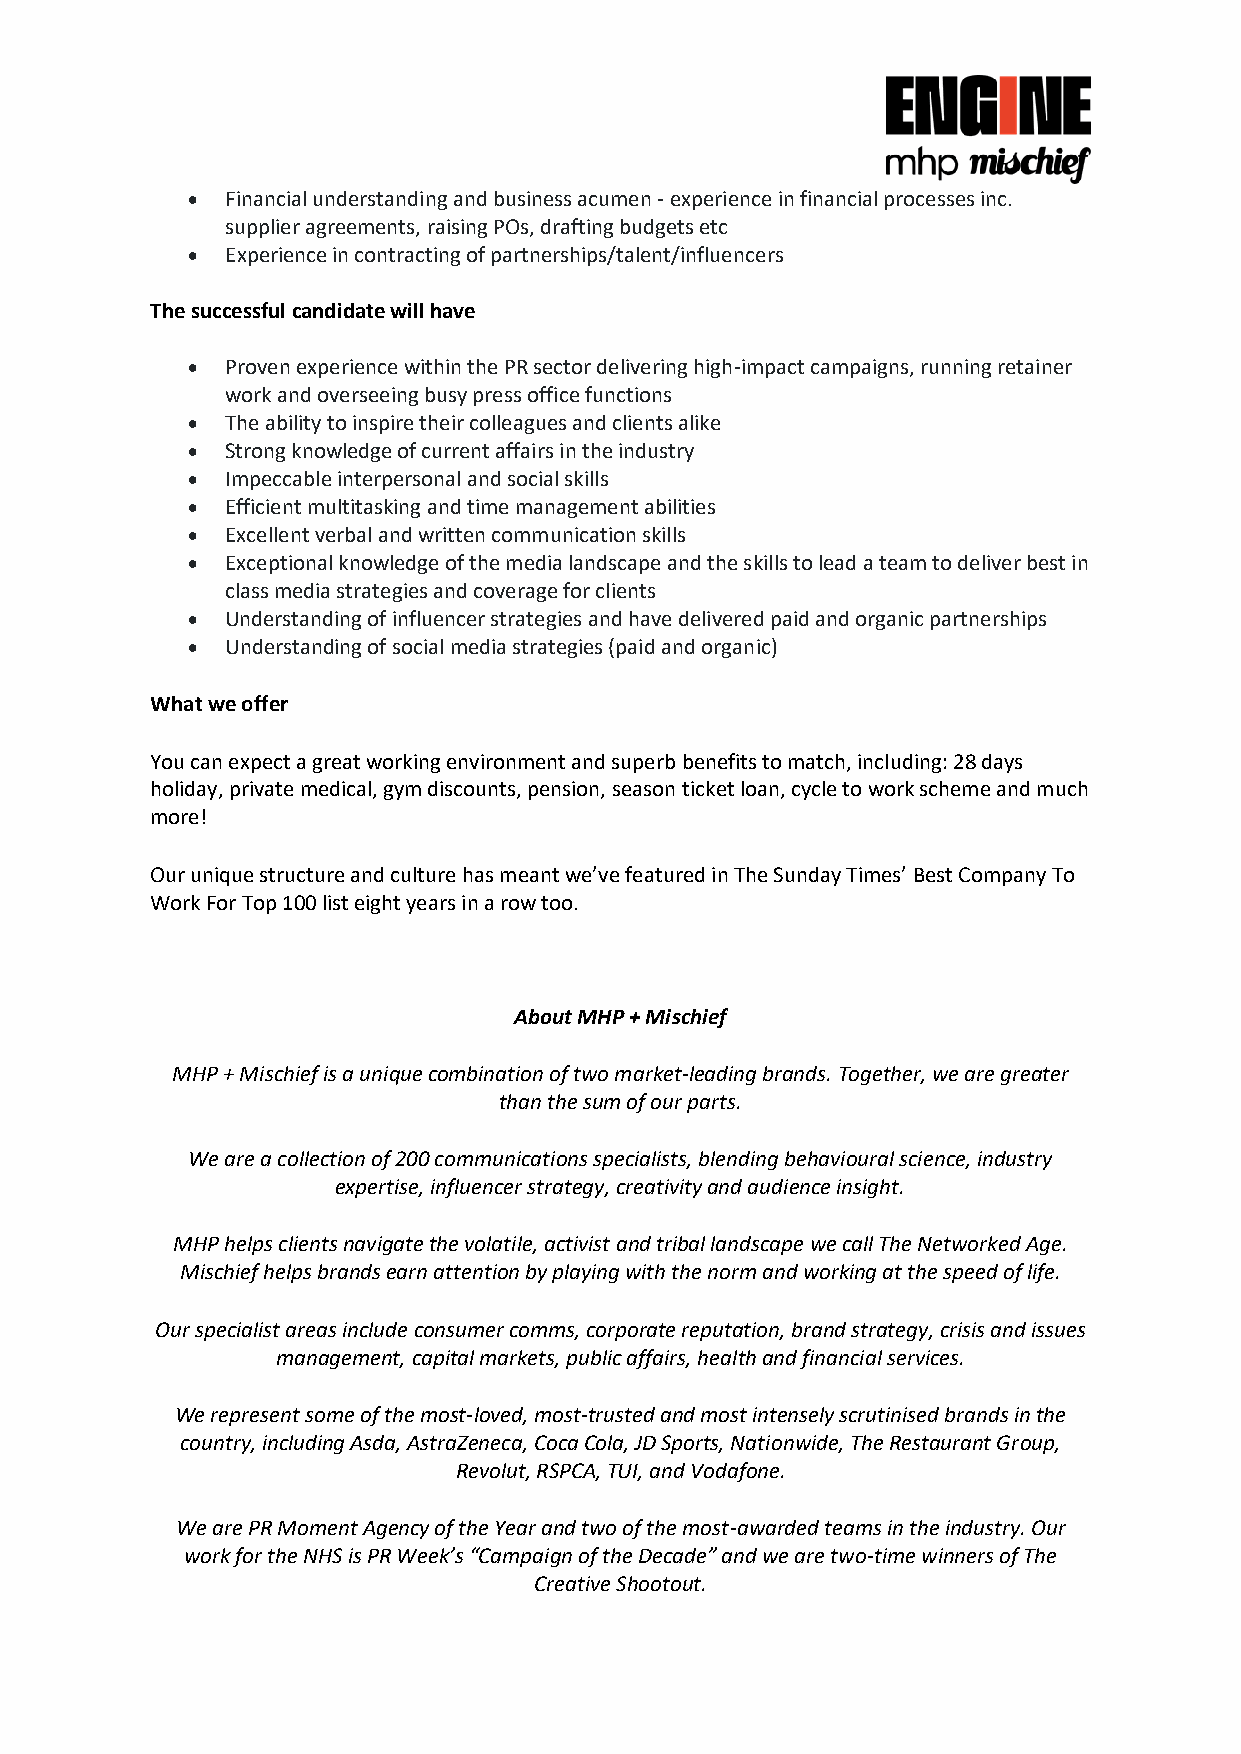
•  Financial understanding and business acumen - experience in financial processes inc.
 supplier agreements, raising POs, drafting budgets etc
 •  Experience in contracting of partnerships/talent/influencers
 The successful candidate will have
 •  Proven experience within the PR sector delivering high-impact campaigns, running retainer
 work and overseeing busy press office functions
 •  The ability to inspire their colleagues and clients alike
 •  Strong knowledge of current affairs in the industry
 •  Impeccable interpersonal and social skills
 •  Efficient multitasking and time management abilities
 •  Excellent verbal and written communication skills
 •  Exceptional knowledge of the media landscape and the skills to lead a team to deliver best in
 class media strategies and coverage for clients
 •  Understanding of influencer strategies and have delivered paid and organic partnerships
 •  Understanding of social media strategies (paid and organic)
 What we offer
 You can expect a great working environment and superb benefits to match, including: 28 days
 holiday, private medical, gym discounts, pension, season ticket loan, cycle to work scheme and much
 more!
 Our unique structure and culture has meant we’ve featured in The Sunday Times’ Best Company To
 Work For Top 100 list eight years in a row too.
 About MHP + Mischief
 MHP + Mischief is a unique combination of two market-leading brands. Together, we are greater
 than the sum of our parts.
 We are a collection of 200 communications specialists, blending behavioural science, industry
 expertise, influencer strategy, creativity and audience insight.
 MHP helps clients navigate the volatile, activist and tribal landscape we call The Networked Age.
 Mischief helps brands earn attention by playing with the norm and working at the speed of life.
 Our specialist areas include consumer comms, corporate reputation, brand strategy, crisis and issues
 management, capital markets, public affairs, health and financial services.
 We represent some of the most-loved, most-trusted and most intensely scrutinised brands in the
 country, including Asda, AstraZeneca, Coca Cola, JD Sports, Nationwide, The Restaurant Group,
 Revolut, RSPCA, TUI, and Vodafone.
 We are PR Moment Agency of the Year and two of the most-awarded teams in the industry. Our
 work for the NHS is PR Week’s “Campaign of the Decade” and we are two-time winners of The
 Creative Shootout.